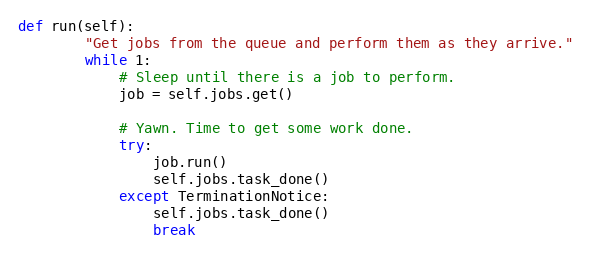
Language: Python
def run(self):
        "Get jobs from the queue and perform them as they arrive."
        while 1:
            # Sleep until there is a job to perform.
            job = self.jobs.get()

            # Yawn. Time to get some work done.
            try:
                job.run()
                self.jobs.task_done()
            except TerminationNotice:
                self.jobs.task_done()
                break